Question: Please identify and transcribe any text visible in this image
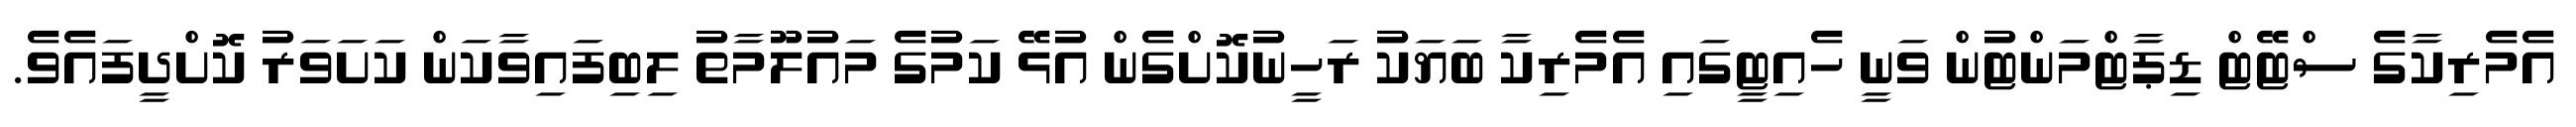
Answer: އެމެރިކާގެ ސްޓޭޓް ޑިޕާޓްމަންޓުން ވަނީ ހެއިޓީގައި އެމެރިކާ ބަޔަކު ރަހީނުކޮށްގެން އުޅޭ ކަމުގެ މައުލޫމާތު ލިބިފައިވާކަން ކަށަވަރު ކޮށްދީފައެވެ.